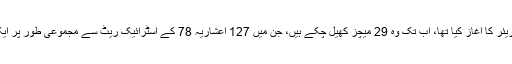
بابر اعظم نے 2016ء میں اولڈ ٹریفورڈ کرکٹ گراؤنڈ پر اپنے ٹی 20 کیریئر کا آغاز کیا تھا، اب تک وہ 29 میچز کھیل چکے ہیں، جن میں 127 اعشاریہ 78 کے اسٹرائیک ریٹ سے مجموعی طور پر ایک ہزار 182 رنز بناچکے ہیں، جس میں 9 نصف سنچریاں بھی شامل ہیں۔